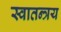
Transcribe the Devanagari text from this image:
स्वातन्त्रय